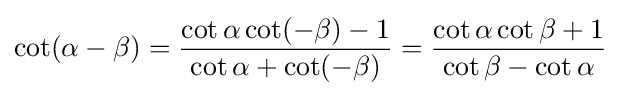
\cot(\alpha -\beta )={\frac {\cot \alpha \cot(-\beta )-1}{\cot \alpha +\cot(-\beta )}}={\frac {\cot \alpha \cot \beta +1}{\cot \beta -\cot \alpha }}